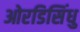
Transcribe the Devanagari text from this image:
ओरडिसिंधु